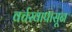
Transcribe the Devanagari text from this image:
वर्चस्वापासून